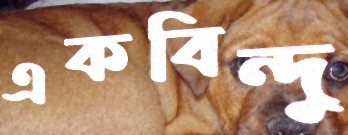
একবিন্দু